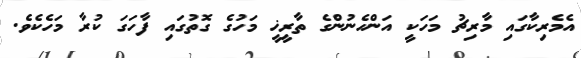
އެމެރިކާގައި މާރިޗު މަހަކީ އަންހެނުންގެ ތާރީޚީ މަހުގެ ގޮތުގައި ފާހަގަ ކުރާ މަހެކެވެ.